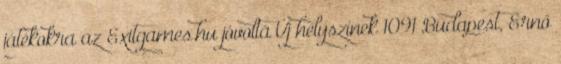
játékokra az Exitgames.hu jóvoltá Új helyszínek 1091 Budapest, Ernő